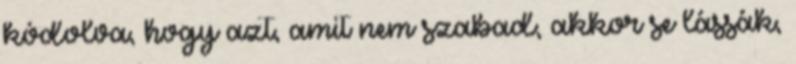
kódolva, hogy azt, amit nem szabad, akkor se lássák,